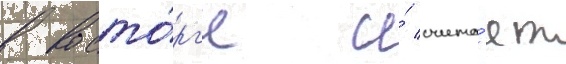
в восто́рг'е и́ счита́ет